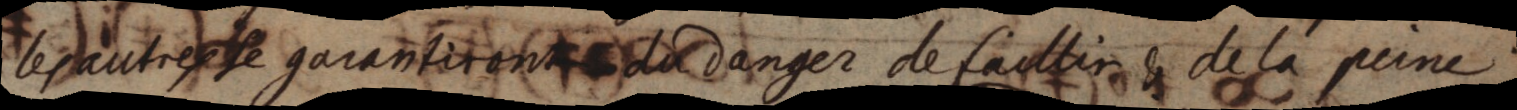
les autres se garantiront du danger de faulter & de la peine